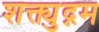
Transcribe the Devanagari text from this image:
शक्त्युद्गम